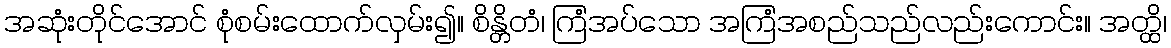
အဆုံးတိုင်အောင် စုံစမ်းထောက်လှမ်း၍။ စိန္တိတံ၊ ကြံအပ်သော အကြံအစည်သည်လည်းကောင်း။ အတ္ထိ၊